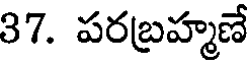
37. పరబ్రహ్మణే